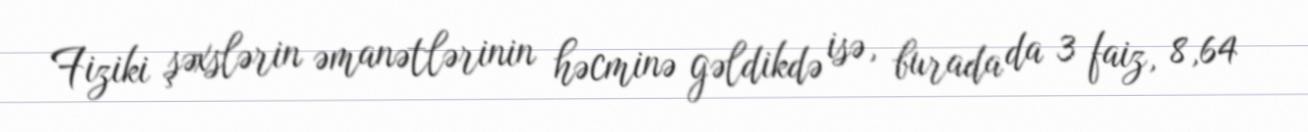
Fiziki şəxslərin əmanətlərinin həcminə gəldikdə isə, burada da 3 faiz, 8,64